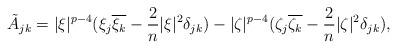
LaTeX: \begin{align*}\tilde A_{jk}=|\xi|^{p-4}(\xi_j\overline{\xi_k}-\frac{2}{n}|\xi|^2\delta_{jk})-|\zeta|^{p-4}(\zeta_j\overline{\zeta_k}-\frac{2}{n}|\zeta|^2\delta_{jk}),\end{align*}